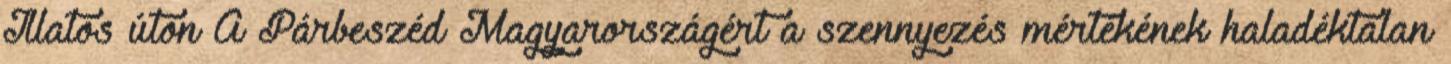
Illatos úton A Párbeszéd Magyarországért a szennyezés mértékének haladéktalan